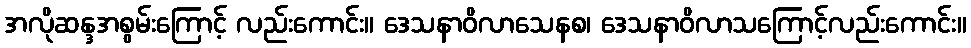
အလိုဆန္ဒအစွမ်းကြောင့် လည်းကောင်း။ ဒေသနာဝိလာသေနစ၊ ဒေသနာဝိလာသကြောင့်လည်းကောင်း။